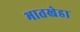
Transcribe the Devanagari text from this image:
भातखेडा